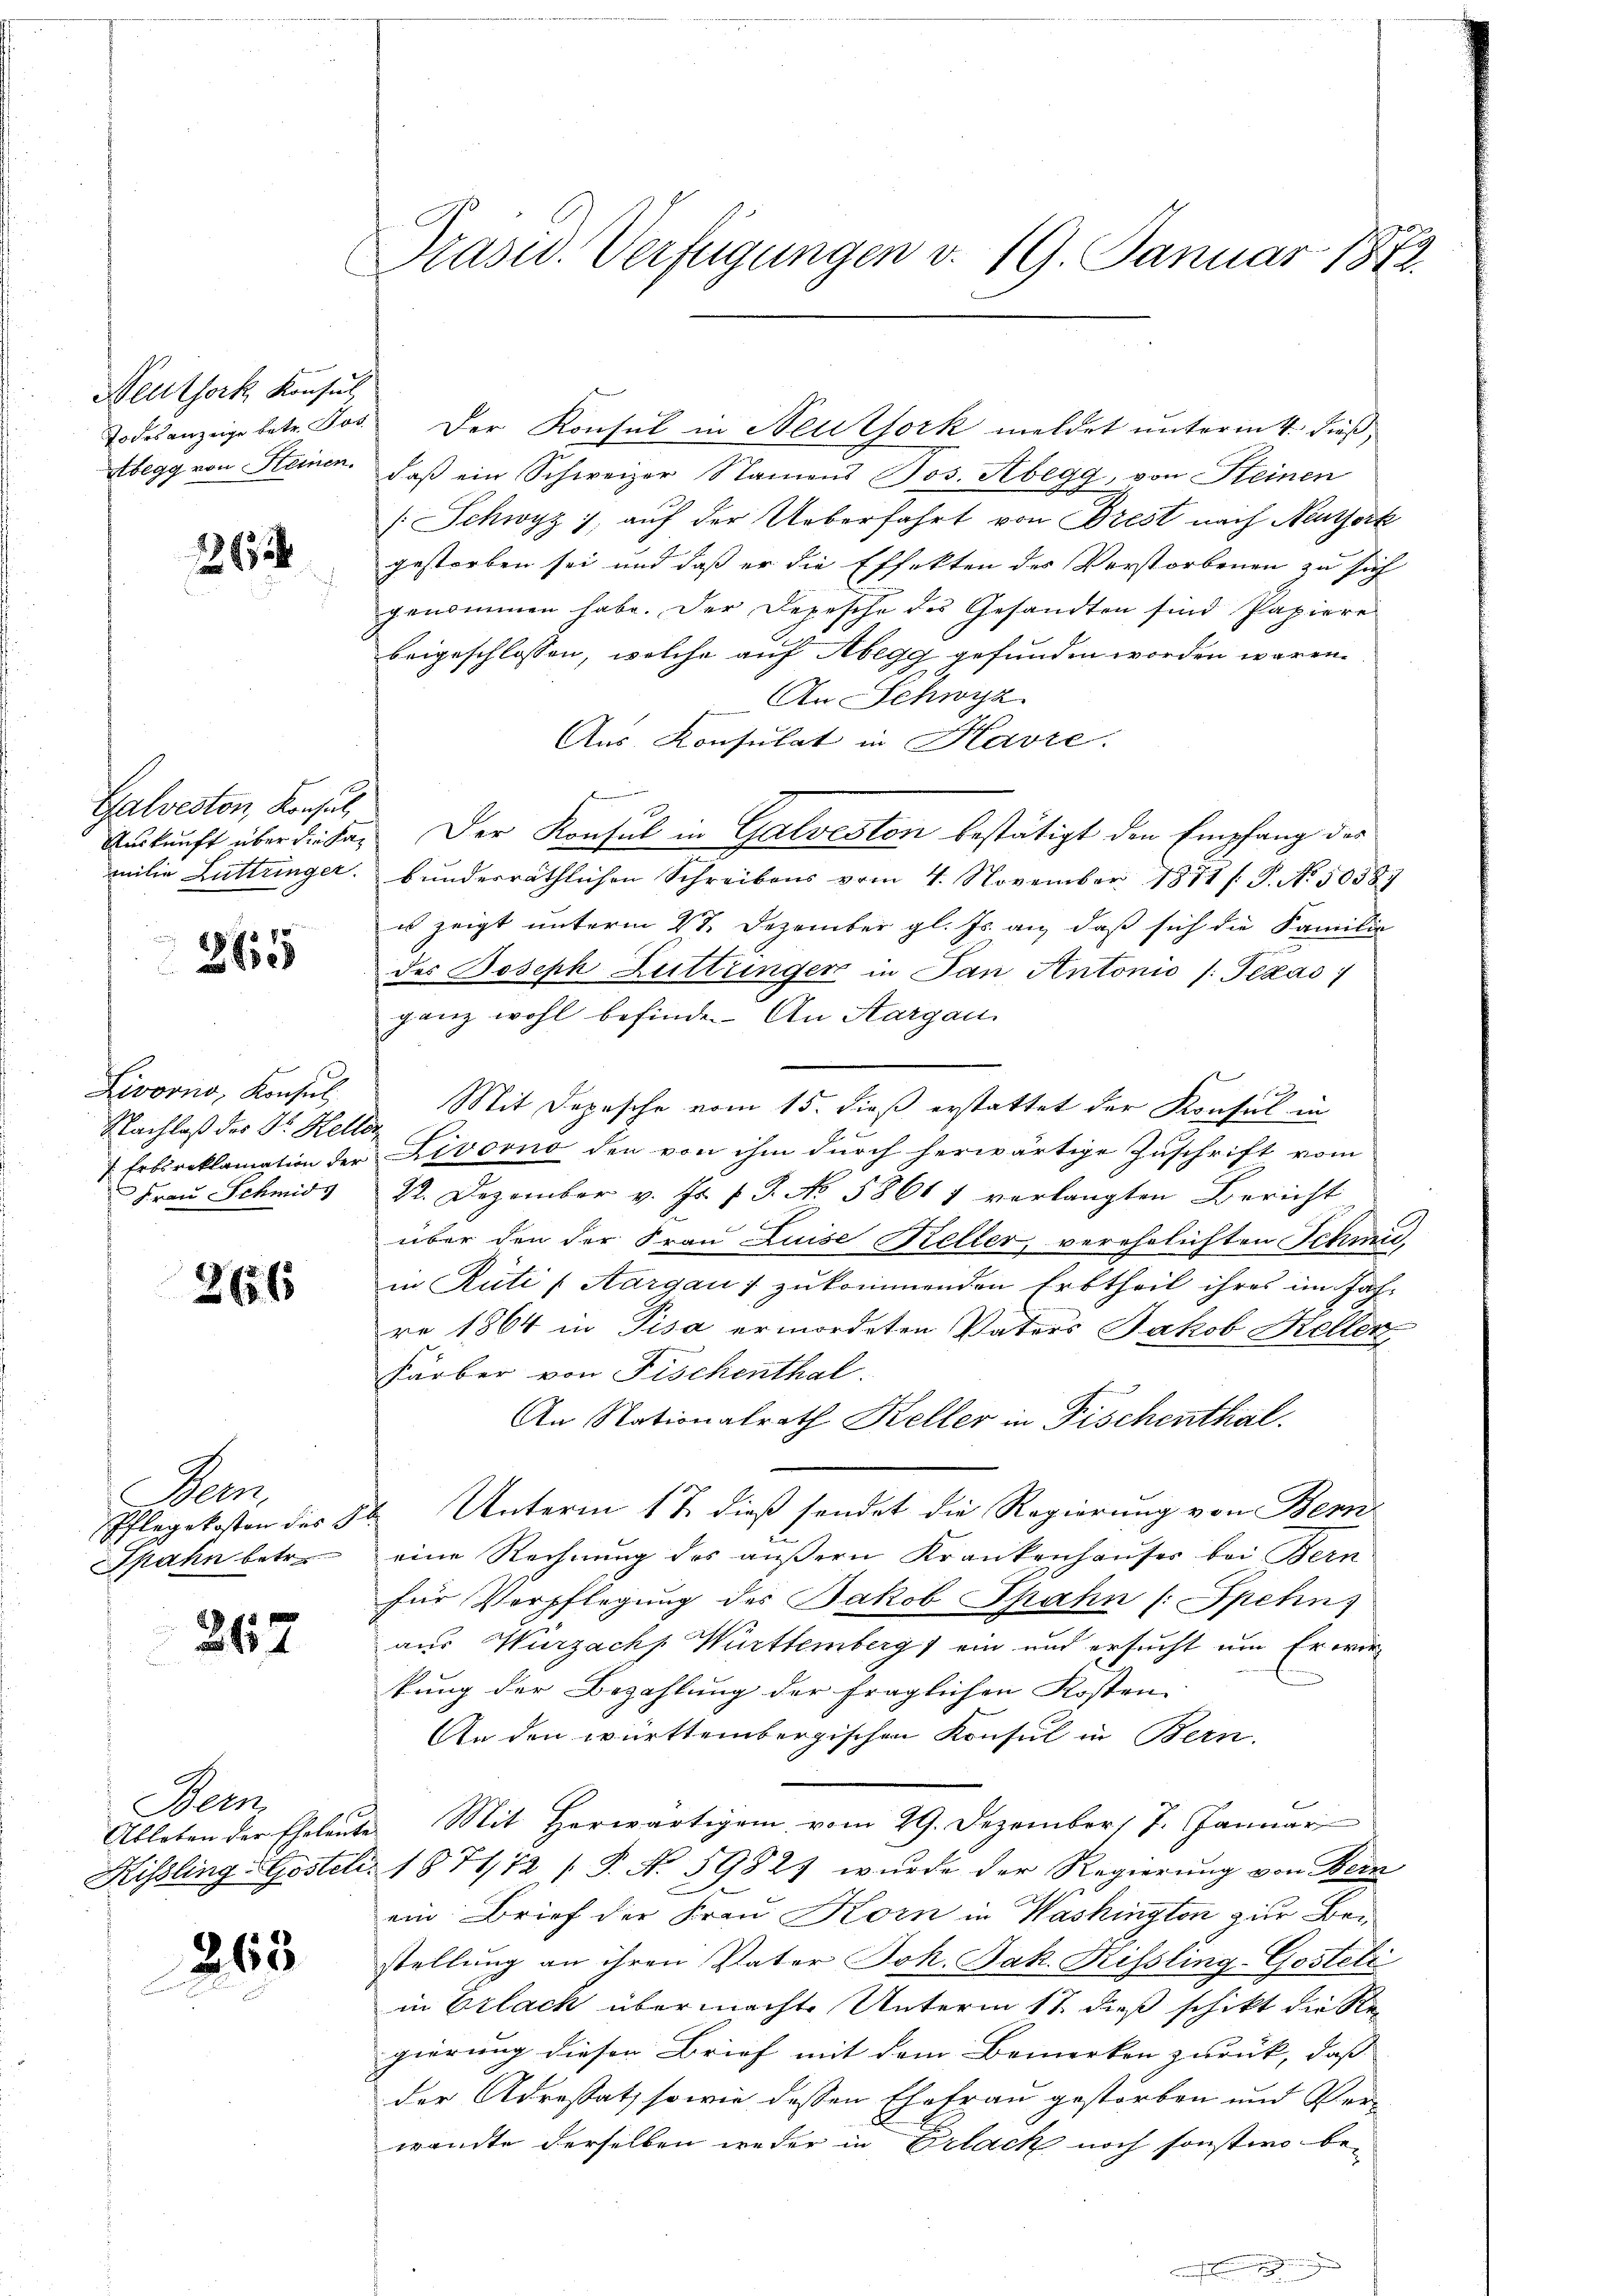
Neuthork Konsul
Todesanzeige betr. Jos
stbegg von Steinen.

1363

Galveston, Konsul,
milie Luttringer.

365

Livorno, Konsul
Nachlaß des Dr. Kelle
 Erbsreklamation der
Frau Schmid

266

Bern.
Pflegekosten des G
Spahn betr.

2117

Bern
Ableben der Eheleute
Kissling Gostell

263

Präsid. Verfügungen v. 19. Januar 1872.

daß ein Schweizer Namens Jos. Abegg, von Steinen
[Schwyz, auf der Ueberfahrt von Brest nach Neunterk
gestorben sei und daß er die Effekten des Verstorbenen zu sich
genommen habe. Der Depesche des Gesandten sind Papiere
beigeschlossen, welche auf Abegg gefunden worden wären.
An Schwyz
Aus Konsulat in Havre.
Auskunft über diesen der Konsul in Galveston bestätigt den Empfang des
bunderräthlichen Schreibens vom 4. November 1871 f. P. No 50587
es zeigt unterm 27. Dezember gl. Js. an, daß sich die Familie
des Boseph Luttringer in Pan Antonio /: Texas
ganz wohl befinde. An Aargau
d
Mit Depesche vom 15. dieß erstattet der Konsul in
Livorno den von ihm durch herwärtige Zuschrift vom
22. Dezember v. Js. v. J. No. 58617 verlangten Bericht
über den der Frau Luise Kelter, verehelichten Schmid,
in Rüti (Aargau 1 zukommenden Erbtheil ihres im Jah-
re 1864 in Pisa ermordeten Vaters Jakob Keller,
Färber von Fischenthal.
An Nationalrath Keller in Fischenthal.
 Unterm 12. dieß sendet die Regierung von Bern
eine Rechnung des äußern Krankenhauses bei Bern
für Verpflegung des Jakob Spahn (: Spehn
aus Wurzachs Württemberg ein und ersucht um Er wir
kung der Bezahlung der fraglichen Kosten
An den württembergischen Konsul in Bern.
 Mit herwärtigem vom 29. Dezember 7. Januar
1874/72 P. No 59827 wurde der Regierung von Bern
ein Brief der Frau Korn in Washington zur Bestellung an ihren Vater Joh. Jak. Rissling-Gostelt
in Erlack übermachte Unterm 18. dieß schikt die Re-
gierung dieser Brief mit dem Bemerken zurück, dass
der Adressatz sowie dessen Ehefrau gestorben und Verwandte derselben weder in Erlach noch sonsten be¬

Der Konsul in Neutfork meldet unterm 4. dieß,